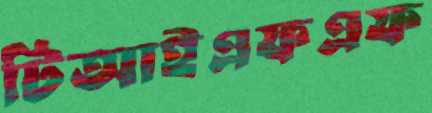
টিআইএফএফ